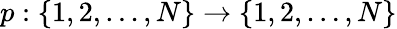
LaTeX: p:\{ 1,2,\dots,N\} \to\{ 1,2,\dots,N\}